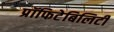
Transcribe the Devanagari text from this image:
प्रॉफिटेबिलिटी